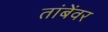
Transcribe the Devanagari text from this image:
तांबेंवर